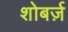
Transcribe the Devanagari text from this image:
शोबर्ज़